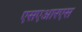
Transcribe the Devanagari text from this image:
एसएआरएस